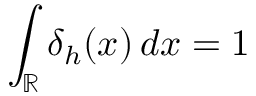
\int _ { \mathbb { R } } \delta _ { h } ( x ) \, d x = 1